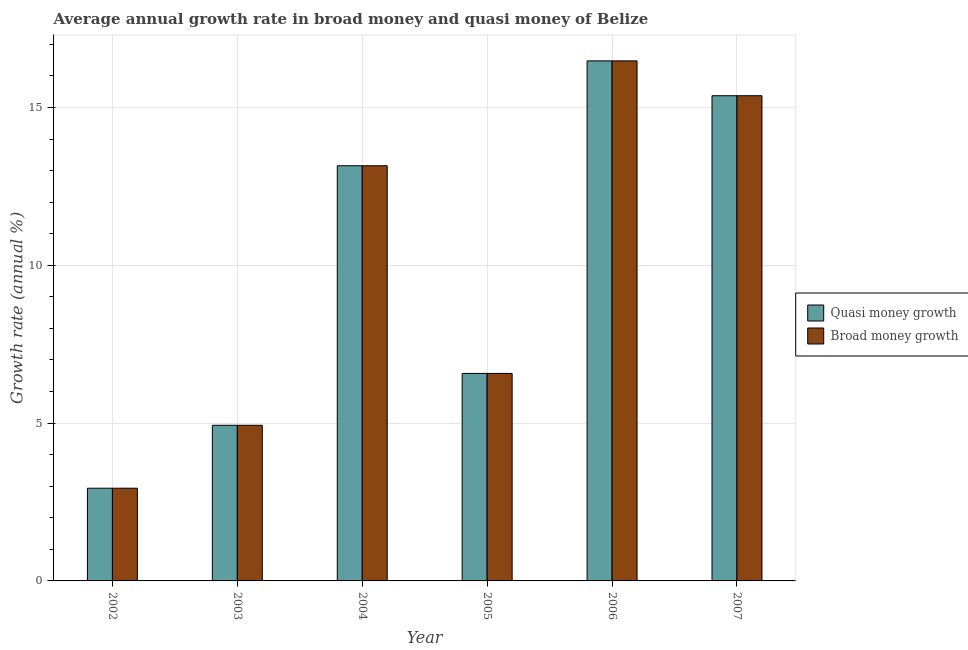
| Year | Quasi money growth | Broad money growth |
 | --- | --- | --- |
 | 2002 | 2.94 | 2.94 |
 | 2003 | 4.93 | 4.93 |
 | 2004 | 13.2 | 13.2 |
 | 2005 | 6.57 | 6.57 |
 | 2006 | 16.5 | 16.5 |
 | 2007 | 15.4 | 15.4 |